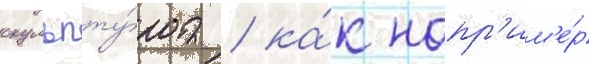
скульпту́ра / ка́к напр'им'е́р